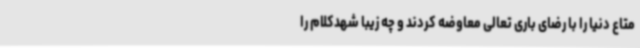
متاع دنیا را با رضای باری تعالی معاوضه کردند و چه زیبا شهدکلام را